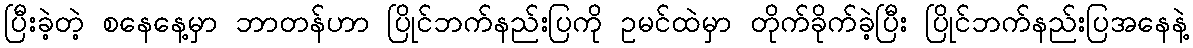
ပြီးခဲ့တဲ့ စနေနေ့မှာ ဘာတန်ဟာ ပြိုင်ဘက်နည်းပြကို ဥမင်ထဲမှာ တိုက်ခိုက်ခဲ့ပြီး ပြိုင်ဘက်နည်းပြအနေနဲ့